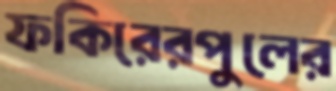
ফকিরেরপুলের